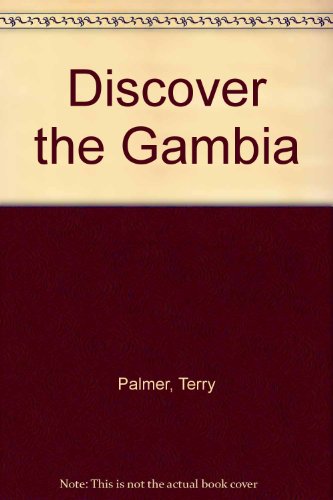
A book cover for Discover the Gambia; Terry Palmer; Travel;